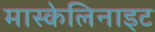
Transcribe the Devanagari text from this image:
मास्केलिनाइट